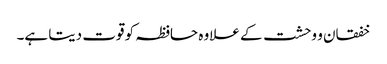
خفقان و وحشت کے علاوہ حافظہ کو قوت دیتا ہے۔